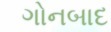
ગોનબાદ